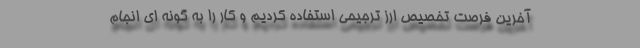
آخرین فرصت تخصیص ارز ترجیحی استفاده کردیم و کار را به گونه ای انجام